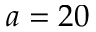
a = 2 0